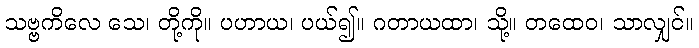
သဗ္ဗကိလေ သေ၊ တို့ကို။ ပဟာယ၊ ပယ်၍။ ဂတာယထာ၊ သို့။ တထေဝ၊ သာလျှင်။